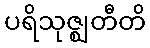
ပရိသုဇ္ဈတီတိ